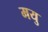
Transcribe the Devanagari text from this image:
मयु